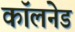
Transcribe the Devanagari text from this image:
कॉलनेड